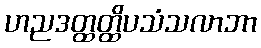
ဟညဒတ္ထတ္ထိပသံသလာဘာ